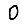
Digit: 0